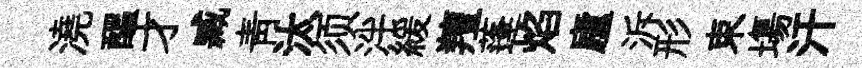
澆醖才臧青汰须泮緩羶蓬焰廬泝形束塲汗